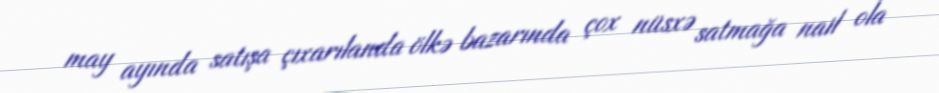
may ayında satışa çıxarılanda ölkə bazarında çox nüsxə satmağa nail ola